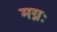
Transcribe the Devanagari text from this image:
मग्नः